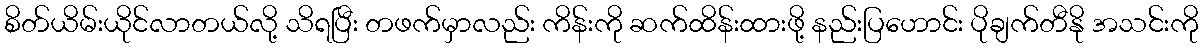
စိတ်ယိမ်းယိုင်လာတယ်လို့ သိရပြီး တဖက်မှာလည်း ကိန်းကို ဆက်ထိန်းထားဖို့ နည်းပြဟောင်း ပိုချက်တီနို အသင်းကို